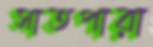
সাতপারা